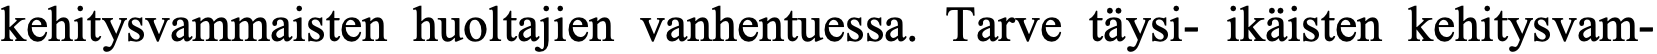
kehitysvammaisten huoltajien vanhentuessa. Tarve täysi- ikäisten kehitysvam-